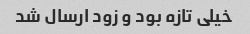
خیلی تازه بود و زود ارسال شد